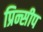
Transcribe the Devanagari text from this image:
प्रिन्सीप